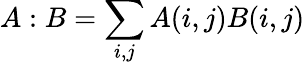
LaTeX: A:B=\sum_{i,j}A(i,j)B(i,j)